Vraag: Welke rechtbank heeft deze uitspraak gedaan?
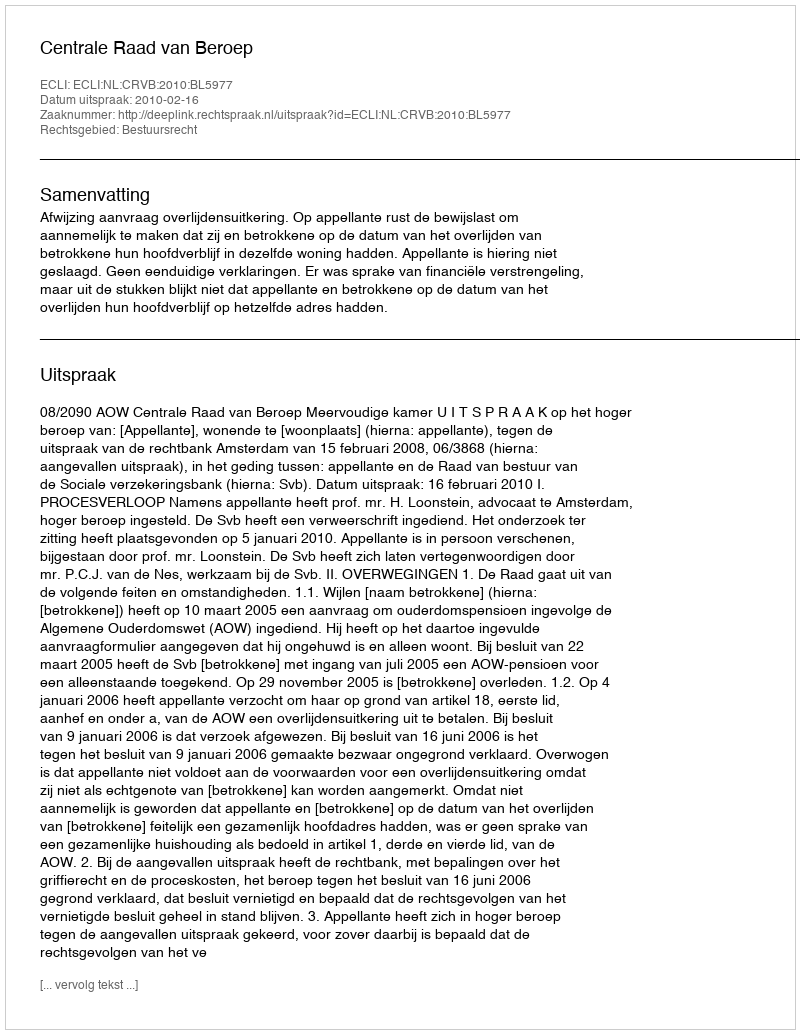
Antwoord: Centrale Raad van Beroep